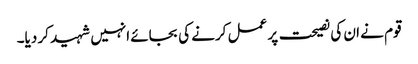
قوم نے ان کی نصیحت پر عمل کرنے کی بجائے انہیں شہید کر دیا۔